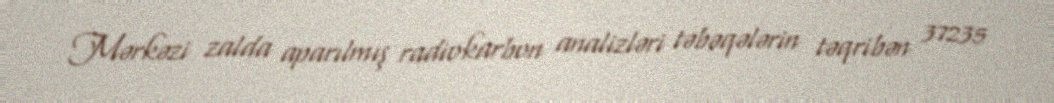
Mərkəzi zalda aparılmış radiokarbon analizləri təbəqələrin təqribən 37235